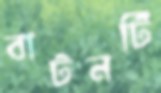
বাটনটি